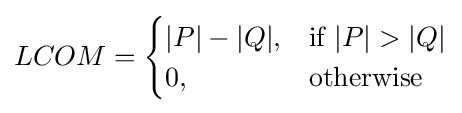
LCOM={\begin{cases}|P|-|Q|,&{\text{if }}|P|>|Q|\\0,&{\text{otherwise }}\end{cases}}